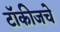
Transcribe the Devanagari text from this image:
टॉकीजचे